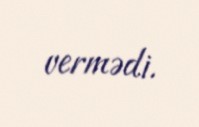
vermədi.